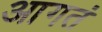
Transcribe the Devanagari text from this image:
आगतं